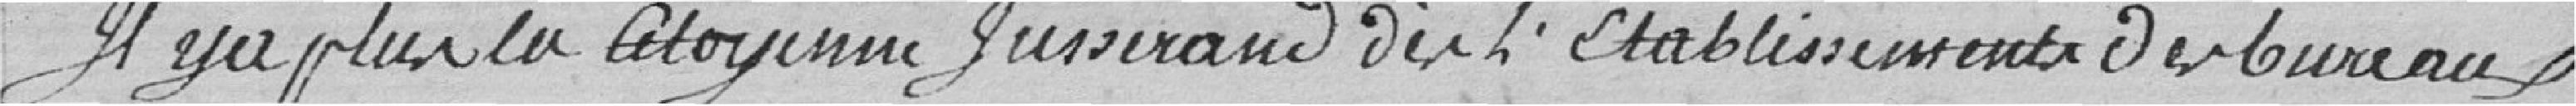
Il y a plus, la Citoyenne Jusserand de l'établissement des bureaux